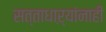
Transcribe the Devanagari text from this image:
सत्ताधाऱ्यांनाही